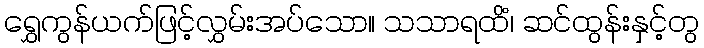
ရွှေကွန်ယက်ဖြင့်လွှမ်းအပ်သော။ သသာရထိံ၊ ဆင်ထွန်းနှင့်တွ